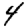
Digit: 4